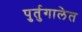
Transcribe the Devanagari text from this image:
पुर्तुगालेत